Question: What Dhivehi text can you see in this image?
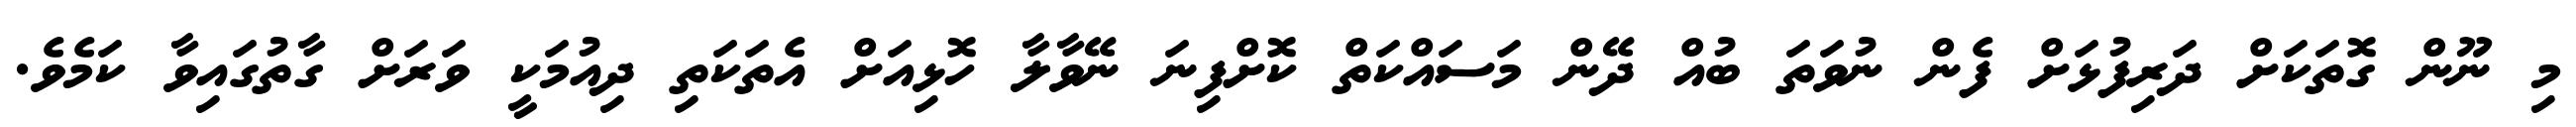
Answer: މި ނޫން ގޮތަކަށް ދަރިފުޅަށް ފެން ނުވަތަ ބުއް ދޭން މަސައްކަތް ކޮށްފިނަ ނޭވާލާ ހޮޅިއަށް އެތަކަތި ދިއުމަކީ ވަރަށް ގާތުގައިވާ ކަމެވެ.